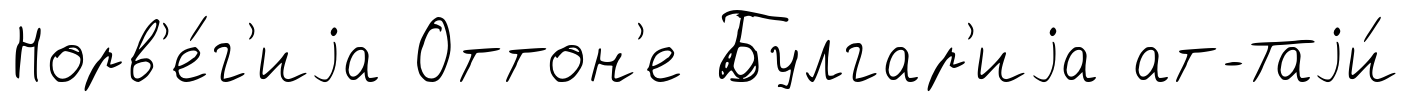
Норв'е́г'иjа Оттон'е Булгар'иjа ат-Таjи́